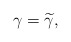
\begin{align*}\gamma=\widetilde{\gamma},\end{align*}